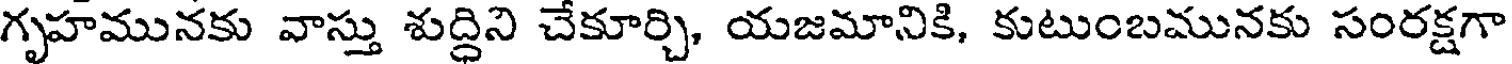
గృహమునకు వాస్తు శుద్ధిని చేకూర్చి, యజమానికి, కుటుంబమునకు సంరక్షగా